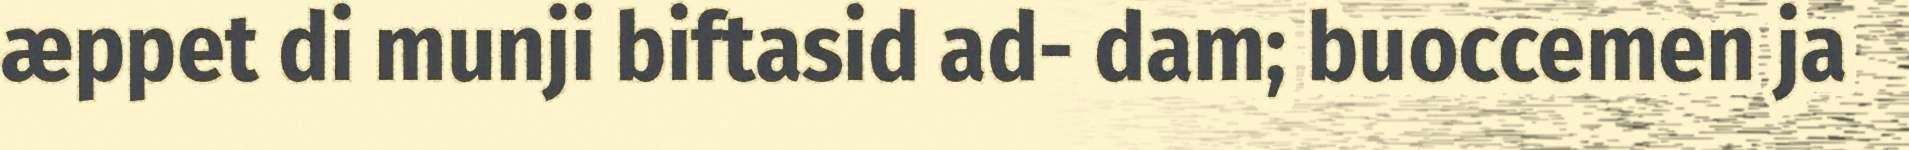
æppet di munji biftasid ad- dam; buoccemen ja